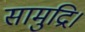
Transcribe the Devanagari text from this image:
सामुद्रि।